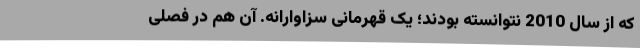
که از سال 2010 نتوانسته بودند؛ یک قهرمانی سزاوارانه. آن هم در فصلی